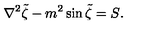
{ \nabla ^ { 2 } \tilde { \zeta } - m ^ { 2 } \sin \tilde { \zeta } = S } .